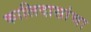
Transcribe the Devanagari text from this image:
कालिदासांचा